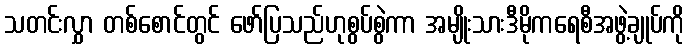
သတင်းလွှာ တစ်စောင်တွင် ဖော်ပြသည်ဟုစွပ်စွဲကာ အမျိုးသားဒီမိုကရေစီအဖွဲ့ချုပ်ကို